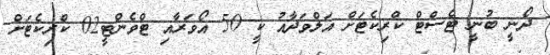
ދޯނީ ބުނީ ޓެސްޓް ކްރިކެޓަށް އަލްވަދާއު ކީ 50 އޯވަރާއި ޓްވެންޓީ02 ކްރިކެޓަށް